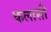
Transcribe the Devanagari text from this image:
कलासी